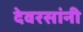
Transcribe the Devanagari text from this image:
देवरसांनी